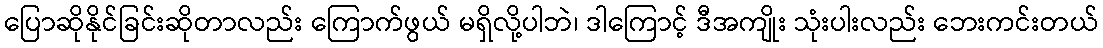
ပြောဆိုနိုင်ခြင်းဆိုတာလည်း ကြောက်ဖွယ် မရှိလို့ပါဘဲ၊ ဒါကြောင့် ဒီအကျိုး သုံးပါးလည်း ဘေးကင်းတယ်